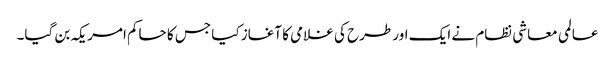
عالمی معاشی نظام نے ایک اور طرح کی غلامی کا آغاز کیا جس کا حاکم امریکہ بن گیا۔